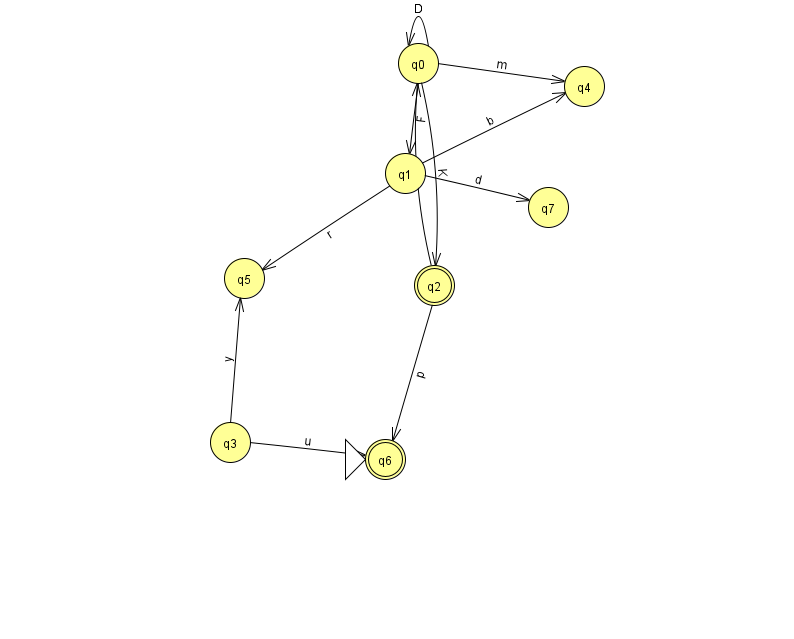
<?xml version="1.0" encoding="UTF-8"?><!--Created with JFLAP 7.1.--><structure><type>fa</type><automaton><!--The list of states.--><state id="0" name="q0"><x>418.0</x><y>50.0</y></state><state id="1" name="q1"><x>405.0</x><y>160.0</y></state><state id="2" name="q2"><x>434.0</x><y>272.0</y><final/></state><state id="3" name="q3"><x>230.0</x><y>429.0</y></state><state id="4" name="q4"><x>584.0</x><y>73.0</y></state><state id="5" name="q5"><x>244.0</x><y>265.0</y></state><state id="6" name="q6"><x>385.0</x><y>446.0</y><initial/><final/></state><state id="7" name="q7"><x>548.0</x><y>194.0</y></state><!--The list of transitions.--><transition><from>1</from><to>5</to><read>r</read></transition><transition><from>3</from><to>5</to><read>y</read></transition><transition><from>0</from><to>4</to><read>m</read></transition><transition><from>0</from><to>0</to><read>D</read></transition><transition><from>1</from><to>4</to><read>b</read></transition><transition><from>2</from><to>6</to><read>p</read></transition><transition><from>0</from><to>2</to><read>K</read></transition><transition><from>1</from><to>7</to><read>d</read></transition><transition><from>2</from><to>0</to><read>J</read></transition><transition><from>0</from><to>1</to><read>F</read></transition><transition><from>3</from><to>6</to><read>u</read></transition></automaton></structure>